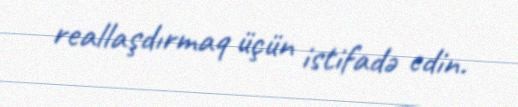
reallaşdırmaq üçün istifadə edin.